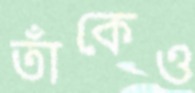
তাঁকেও